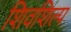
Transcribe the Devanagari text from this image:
शिवशिल्प